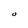
Character: O